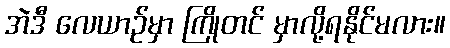
အဲဒီ လေယာဉ်မှာ ကြိုတင် မှာလို့ရနိုင်မလား။